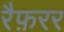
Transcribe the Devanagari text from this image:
रैफ़रर